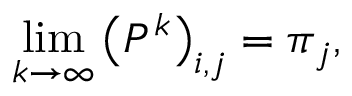
\operatorname* { l i m } _ { k \rightarrow \infty } \left( P ^ { k } \right) _ { i , j } = { \boldsymbol { \pi } } _ { j } ,